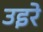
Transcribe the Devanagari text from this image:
उइरे